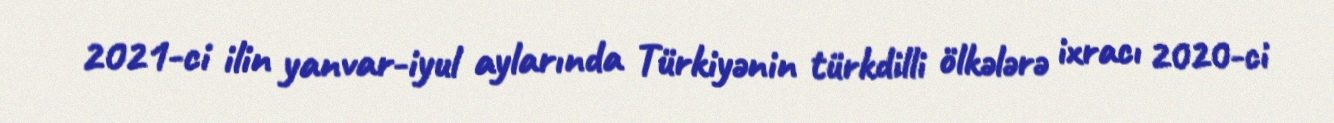
2021-ci ilin yanvar-iyul aylarında Türkiyənin türkdilli ölkələrə ixracı 2020-ci